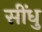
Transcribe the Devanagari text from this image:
सींधु